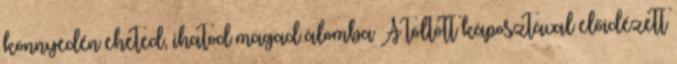
könnyedén eheted, ihatod magad álomba A töltött káposztával előidézett